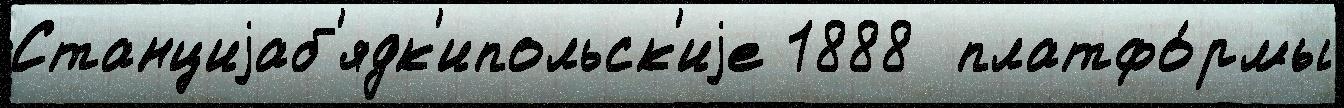
Станциjаб'ядк'ипольск'иjе 1888  платфо́рмы